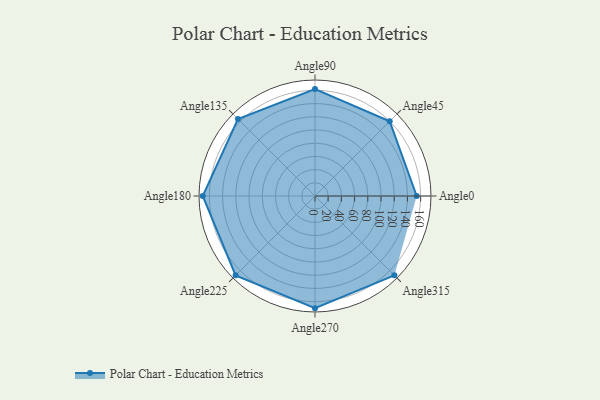
{"axis": {"x": "Angle", "y": "Radius"}, "legend": [""], "data": [{"x": "Angle0", "y": 154.0, "type": ""}, {"x": "Angle45", "y": 160.0, "type": ""}, {"x": "Angle90", "y": 162.0, "type": ""}, {"x": "Angle135", "y": 165.0, "type": ""}, {"x": "Angle180", "y": 170, "type": ""}, {"x": "Angle225", "y": 170, "type": ""}, {"x": "Angle270", "y": 170, "type": ""}, {"x": "Angle315", "y": 170, "type": ""}]}